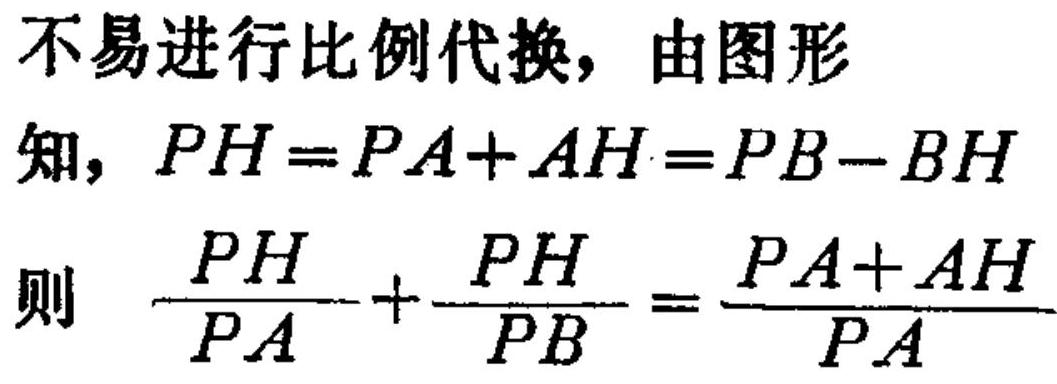
不易进行比例代换，由图形
知，$PH = PA + AH = PB - BH$
则 $\dfrac{PH}{PA}+\dfrac{PH}{PB}=\dfrac{PA + AH}{PA}$